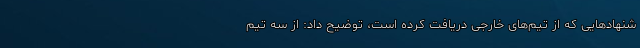
شنهادهایی که از تیم‌های خارجی دریافت کرده است، توضیح داد: از سه تیم